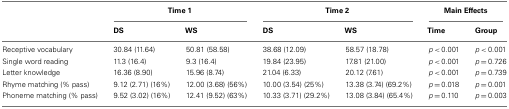
<table><thead><tr><td></td><td colspan="2"><b>Time 1</b></td><td colspan="2"><b>Time 2</b></td><td colspan="2"><b>Main Effects</b></td></tr><tr><td></td><td><b>DS</b></td><td><b>WS</b></td><td><b>DS</b></td><td><b>WS</b></td><td><b>Time</b></td><td><b>Group</b></td></tr></thead><tbody><tr><td>Receptive vocabulary</td><td>30.84 (11.64)</td><td>50.81 (58.58)</td><td>38.68 (12.09)</td><td>58.57 (18.78)</td><td><i>p</i> &lt; 0.001</td><td><i>p</i> &lt; 0.001</td></tr><tr><td>Single word reading</td><td>11.3 (16.4)</td><td>9.3 (16.4)</td><td>19.84 (23.95)</td><td>17.81 (21.00)</td><td><i>p</i> &lt; 0.001</td><td><i>p</i> = 0.726</td></tr><tr><td>Letter knowledge</td><td>16.36 (8.90)</td><td>15.96 (8.74)</td><td>21.04 (6.33)</td><td>20.12 (7.61)</td><td><i>p</i> &lt; 0.001</td><td><i>p</i> = 0.739</td></tr><tr><td>Rhyme matching (% pass)</td><td>9.12 (2.71) (16%)</td><td>12.00 (3.68) (56%)</td><td>10.00 (3.54) (25%)</td><td>13.38 (3.74) (69.2%)</td><td><i>p</i> = 0.018</td><td><i>p</i> = 0.001</td></tr><tr><td>Phoneme matching (% pass)</td><td>9.52 (3.02) (16%)</td><td>12.41 (9.52) (63%)</td><td>10.33 (3.71) (29.2%)</td><td>13.08 (3.84) (65.4%)</td><td><i>p</i> = 0.110</td><td><i>p</i> = 0.003</td></tr></tbody></table>